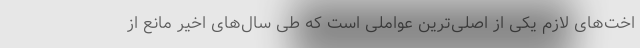
اخت‌های لازم یکی از اصلی‌ترین عواملی است که طی سال‌های اخیر مانع از